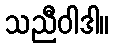
သညီဝါဒါ။